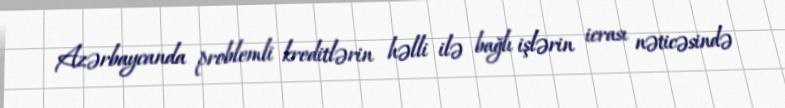
Azərbaycanda problemli kreditlərin həlli ilə bağlı işlərin icrası nəticəsində